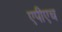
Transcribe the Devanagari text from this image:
एपीएच